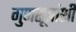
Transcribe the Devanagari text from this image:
गुणसूत्रांशी